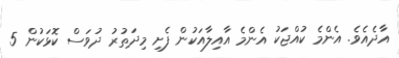
އާދެއެވެ. އެންމެ ކުއްޖަކު އެންމެ އާއިލާއަކުން ފެށި މިދަތުރު ދުވަސް ކޮޅަކުން 5